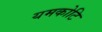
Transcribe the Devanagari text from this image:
यमकोटि